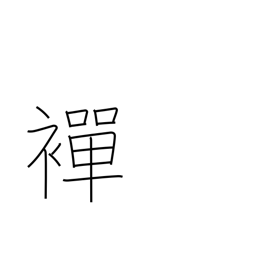
Meaning: undergarment